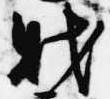
財